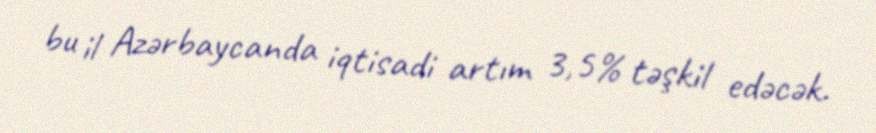
bu il Azərbaycanda iqtisadi artım 3,5% təşkil edəcək.